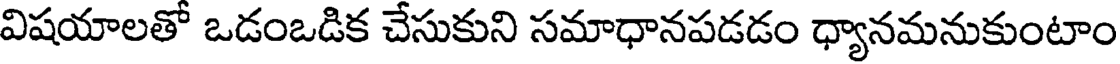
విషయాలతో ఒడంఒడిక చేసుకుని సమాధానపడడం ధ్యానమనుకుంటాం